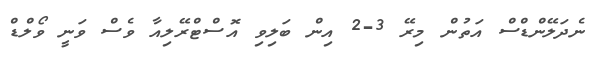
ނެެދަލޭންޑްސް އަތުން މިރޭ 3-2 އިން ބަލިވި އޮސްޓްރޭލިއާ ވެސް ވަނީ ވޯލްޑް